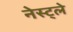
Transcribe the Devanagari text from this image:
नेस्ट्ले